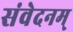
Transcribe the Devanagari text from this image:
संवेदनम्‌